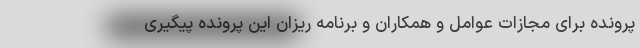
پرونده برای مجازات عوامل و همکاران و برنامه ریزان این پرونده پیگیری